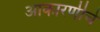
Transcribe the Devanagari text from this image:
आकारणीचे